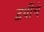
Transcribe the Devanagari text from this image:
द्वयींचे